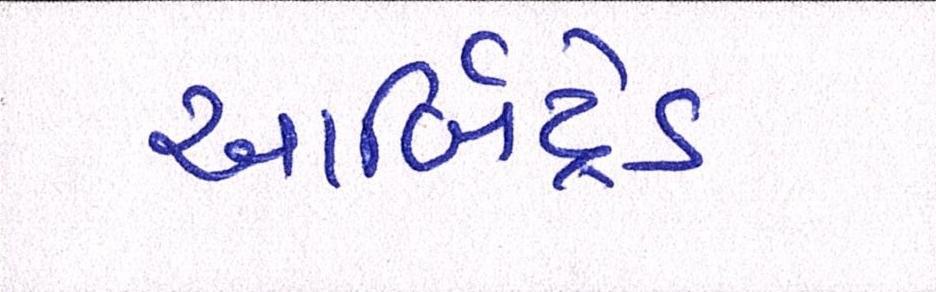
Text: આર્બિટ્રેડ